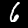
Label: 6